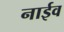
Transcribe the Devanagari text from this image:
नाईव